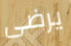
يرضى